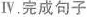
Ⅳ.完成句子